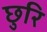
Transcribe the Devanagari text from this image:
छुरि